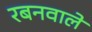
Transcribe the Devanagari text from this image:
रबनवाले